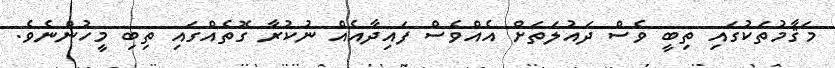
މަޤާމުތަކުގައި ތިބީ ވެސް ދައުލަތަށް އެއްވެސް ފައިދާއެއް ނުކުރާ ގޮތެއްގައި ތިބި މީހުންނެވެ.